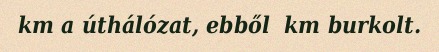
km a úthálózat, ebből  km burkolt.